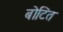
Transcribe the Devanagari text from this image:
बोटित